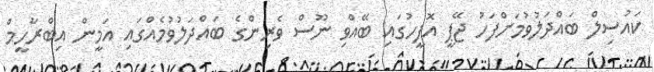
ކައުސިލް ބައްދަލުވުމަށްފަހު ޖޭޕީ އޮފީހުގައި ބޭއްވި ނޫސް ވެރިންގެ ބައްދަލުވުމެއްގައި އަމީން އިބްރާހީމް